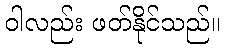
ဝါလည်း ဖတ်နိုင်သည်။